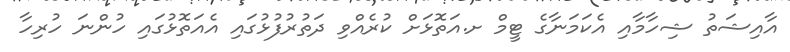
އާއިޝަތު ޝިހާމާއި އެކަމަނާގެ ޓީމް ށ.އަތޮޅަށް ކުރެއްވި ދަތުރުފުޅުގައި އެއަތޮޅުގައި ހުންނަ ހުރިހާ